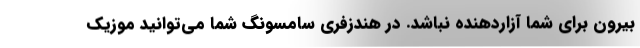
بیرون برای شما آزاردهنده نباشد. در هندزفری سامسونگ شما می‌توانید موزیک